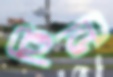
ভিডি